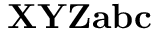
\mathbf { X Y Z a b c }